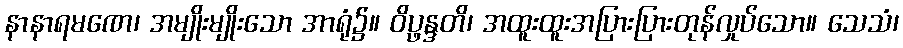
နာနာရမဏေ၊ အမျိုးမျိုးသော အာရုံ၌။ ဝိပ္ဖန္ဒတိ၊ အထူးထူးအပြားပြားတုန်လှုပ်သော။ သေသံ၊